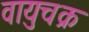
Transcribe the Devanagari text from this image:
वायुचक्र